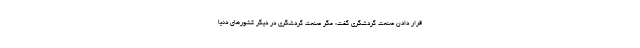
قرار دادن صنعت گردشگری گفت: مگر صنعت گردشگری در دیگر کشورهای دنیا